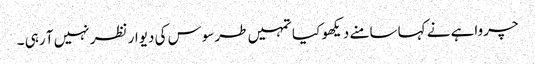
چرواہے نے کہا سامنے دیکھو کیا تمہیں طرسوس کی دیوار نظر نہیں آ رہی ۔